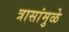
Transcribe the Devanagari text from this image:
त्रासांमुळे